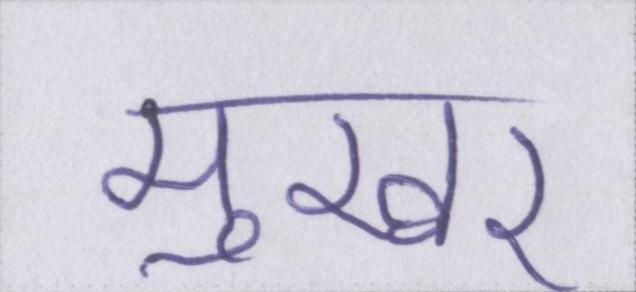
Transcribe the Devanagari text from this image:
मुखर